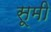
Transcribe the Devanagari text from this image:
सूमी